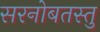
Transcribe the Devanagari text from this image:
सरनोबतस्तु